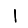
Digit: 1